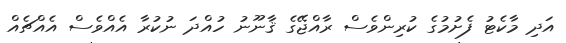
އަދި މާކެޓު ފެށުމުގެ ކުރިންވެސް ރާއްޖޭގެ ޤާނޫނު ހުއްދަ ނުކުރާ އެއްވެސް އެއްޗެއް